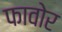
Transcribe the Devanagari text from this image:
फावोर